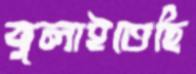
ঝুলাইতেছি